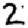
Digit: 2